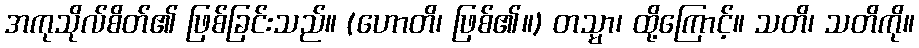
အကုသိုလ်စိတ်၏ ဖြစ်ခြင်းသည်။ (ဟောတိ၊ ဖြစ်၏။) တသ္မာ၊ ထို့ကြောင့်။ သတိ၊ သတိကို။